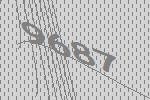
9687